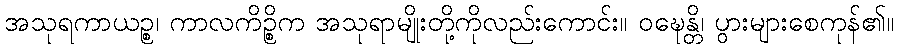
အသုရကာယဉ္စ၊ ကာလကိဉ္စိက အသုရာမျိုးတို့ကိုလည်းကောင်း။ ဝဍ္ဎေန္တိ၊ ပွားများစေကုန်၏။